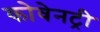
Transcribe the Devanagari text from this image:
कोवेनट्री